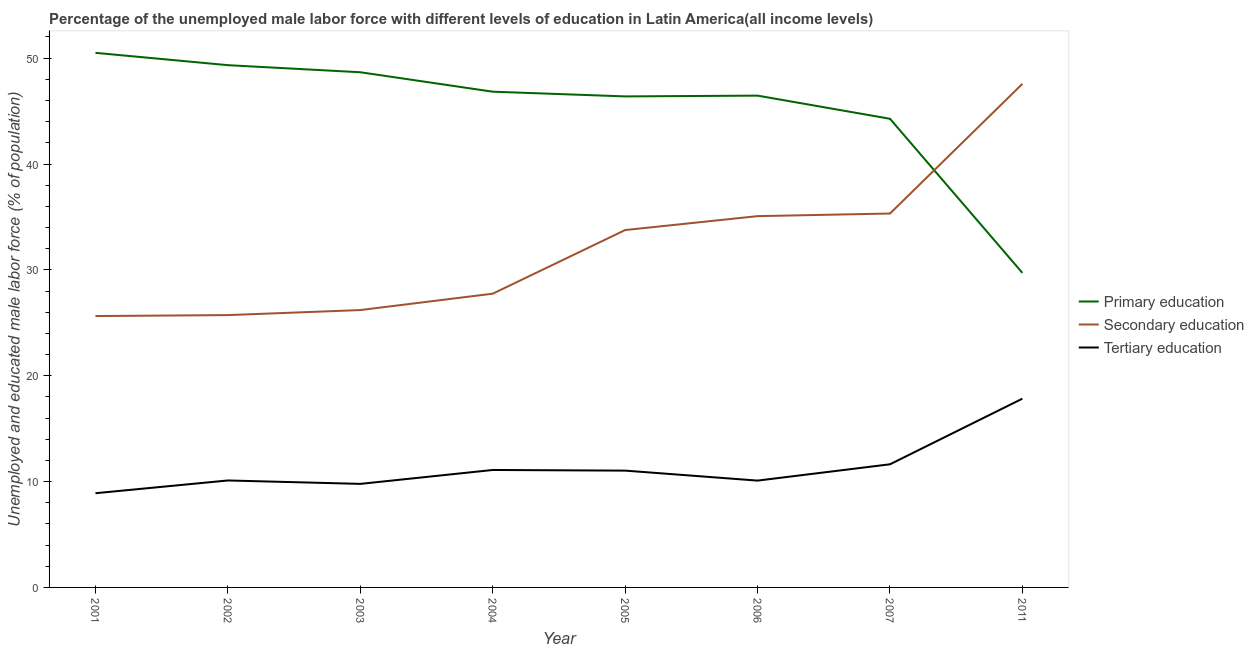
| Year | Primary education | Secondary education | Tertiary education |
 | --- | --- | --- | --- |
 | 2001 | 50.5 | 25.6 | 8.9 |
 | 2002 | 49.3 | 25.7 | 10.1 |
 | 2003 | 48.7 | 26.2 | 9.78 |
 | 2004 | 46.8 | 27.7 | 11.1 |
 | 2005 | 46.4 | 33.8 | 11 |
 | 2006 | 46.5 | 35.1 | 10.1 |
 | 2007 | 44.3 | 35.3 | 11.6 |
 | 2011 | 29.7 | 47.6 | 17.8 |